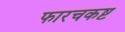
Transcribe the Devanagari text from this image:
फारचकष्ट